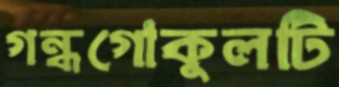
গন্ধগোকুলটি